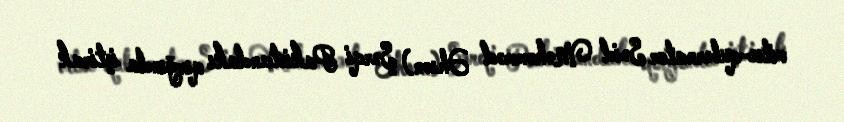
vitse-qubernator Səid Məhəmməd Əhsən) Şərqi Pakistandakı qırğında iştirak